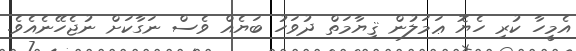
އެމީހާ ކުރި ހެޔޮ ޢަމަލުން ޤިޔާމަތް ދުވަހު ބަޔެއް ވެސް ނަގާކަށް ނުޖެހޭނެއެވެ.